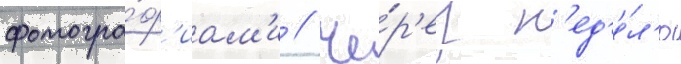
фотогра́ф'иам'и // Че́р'ез н'ед'е́л'ю